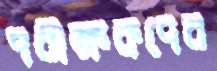
পরীক্ষকদের